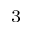
^ 3